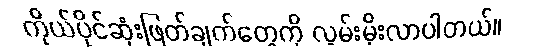
ကိုယ်ပိုင်ဆုံးဖြတ်ချက်တွေကို လွမ်းမိုးလာပါတယ်။